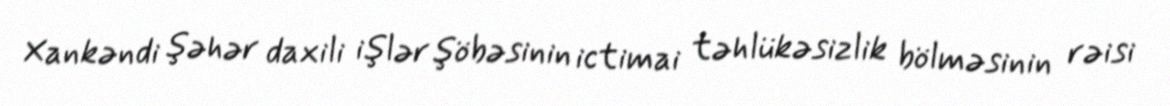
Xankəndi şəhər daxili işlər şöbəsinin ictimai təhlükəsizlik bölməsinin rəisi